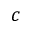
c